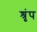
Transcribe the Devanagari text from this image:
श्रृंप